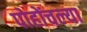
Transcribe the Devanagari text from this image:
पोहोंचल्या